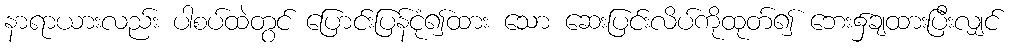
နာရာယားလည်း ပါစပ်ထဲတွင် ပြောင်းပြန်ငုံ၍ထား သော ဆေးပြင်းလိပ်ကိုထုတ်၍ ဘေး၌ချထားပြီးလျှင်